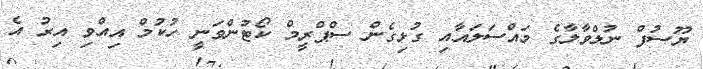
ޔޫސުފް ނުލްވާލާގެ މައްސަލައާއި ގުޅިގެން ސްޕްރީމް ކޯޓުންވަނީ ހުކުމް އިއްވި އިރު އެ